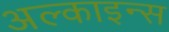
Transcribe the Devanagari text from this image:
अल्काइन्स